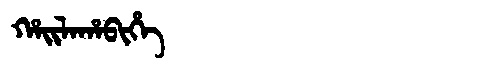
Manchu: ᡥᠠᡳᠯᠠᡥᠠᠪᡳᡥᡝ
Romanization: HAILAHABIHE